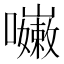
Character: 𡄨